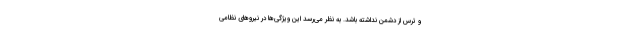
و ترس از دشمن نداشته باشد. به نظر می‌رسد این ویژگی‌ها در نیروهای نظامی